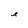
Character: e